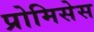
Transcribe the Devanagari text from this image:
प्रोमिसेस